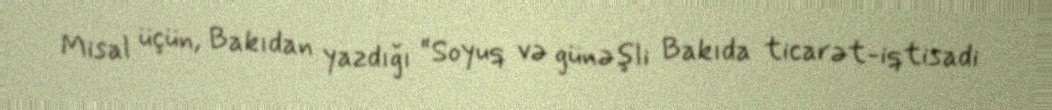
Misal üçün, Bakıdan yazdığı “Soyuq və günəşli Bakıda ticarət-iqtisadi